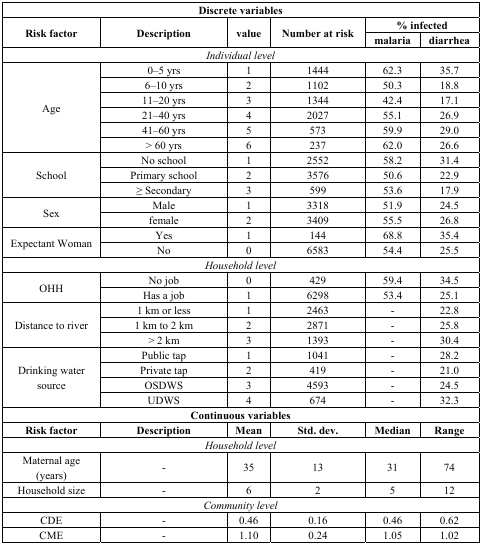
<table><thead><tr><td colspan="6"><b>Discrete variables</b></td></tr><tr><td rowspan="2"><b>Risk factor</b></td><td rowspan="2"><b>Description</b></td><td rowspan="2"><b>value</b></td><td rowspan="2"><b>Number at risk</b></td><td colspan="2"><b>% infected</b></td></tr><tr><td><b>malaria </b></td><td><b>diarrhea</b></td></tr></thead><tbody><tr><td colspan="6"><i>Individual level</i></td></tr><tr><td rowspan="6">Age</td><td>0–5 yrs</td><td>1</td><td>1444</td><td>62.3</td><td>35.7</td></tr><tr><td>6–10 yrs</td><td>2</td><td>1102</td><td>50.3</td><td>18.8</td></tr><tr><td>11–20 yrs</td><td>3</td><td>1344</td><td>42.4</td><td>17.1</td></tr><tr><td>21–40 yrs</td><td>4</td><td>2027</td><td>55.1</td><td>26.9</td></tr><tr><td>41–60 yrs</td><td>5</td><td>573</td><td>59.9</td><td>29.0</td></tr><tr><td>&gt; 60 yrs</td><td>6</td><td>237</td><td>62.0</td><td>26.6</td></tr><tr><td rowspan="3">School</td><td>No school</td><td>1</td><td>2552</td><td>58.2</td><td>31.4</td></tr><tr><td>Primary school</td><td>2</td><td>3576</td><td>50.6</td><td>22.9</td></tr><tr><td>≥ Secondary</td><td>3</td><td>599</td><td>53.6</td><td>17.9</td></tr><tr><td rowspan="2">Sex</td><td>Male</td><td>1</td><td>3318</td><td>51.9</td><td>24.5</td></tr><tr><td>female</td><td>2</td><td>3409</td><td>55.5</td><td>26.8</td></tr><tr><td rowspan="2">Expectant Woman</td><td>Yes</td><td>1</td><td>144</td><td>68.8</td><td>35.4</td></tr><tr><td>No</td><td>0</td><td>6583</td><td>54.4</td><td>25.5</td></tr><tr><td colspan="6"><i>Household level</i></td></tr><tr><td rowspan="2">OHH</td><td>No job</td><td>0</td><td>429</td><td>59.4</td><td>34.5</td></tr><tr><td>Has a job</td><td>1</td><td>6298</td><td>53.4</td><td>25.1</td></tr><tr><td rowspan="3">Distance to river</td><td>1 km or less</td><td>1</td><td>2463</td><td>-</td><td>22.8</td></tr><tr><td>1 km to 2 km</td><td>2</td><td>2871</td><td>-</td><td>25.8</td></tr><tr><td>&gt; 2 km</td><td>3</td><td>1393</td><td>-</td><td>30.4</td></tr><tr><td rowspan="4">Drinking water source</td><td>Public tap</td><td>1</td><td>1041</td><td>-</td><td>28.2</td></tr><tr><td>Private tap</td><td>2</td><td>419</td><td>-</td><td>21.0</td></tr><tr><td>OSDWS</td><td>3</td><td>4593</td><td>-</td><td>24.5</td></tr><tr><td>UDWS</td><td>4</td><td>674</td><td>-</td><td>32.3</td></tr><tr><td colspan="6"><b>Continuous variables</b></td></tr><tr><td><b>Risk factor</b></td><td><b>Description</b></td><td><b>Mean</b></td><td><b>Std. dev.</b></td><td><b>Median</b></td><td><b>Range</b></td></tr><tr><td colspan="6"><i>Household level</i></td></tr><tr><td>Maternal age (years)</td><td>-</td><td>35 </td><td>13</td><td>31</td><td>74</td></tr><tr><td>Household size</td><td>-</td><td>6</td><td>2</td><td>5</td><td>12</td></tr><tr><td colspan="6"><i>Community level</i></td></tr><tr><td>CDE</td><td>-</td><td>0.46</td><td>0.16</td><td>0.46</td><td>0.62</td></tr><tr><td>CME</td><td>-</td><td>1.10</td><td>0.24</td><td>1.05</td><td>1.02</td></tr></tbody></table>